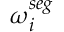
\boldsymbol { \omega } _ { i } ^ { s e g }